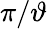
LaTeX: \pi/\vartheta